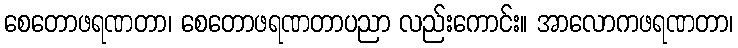
စေတောဖရဏတာ၊ စေတောဖရဏတာပညာ လည်းကောင်း။ အာလောကဖရဏတာ၊